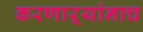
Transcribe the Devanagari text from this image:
करणाऱ्यांनाच